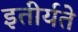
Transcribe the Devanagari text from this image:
इतीर्यते